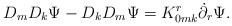
LaTeX: \begin{align*}&{D_m}{D_k}\Psi - {D_k}{D_m}\Psi=K_{0mk}^r{\dot \partial _r}\Psi.\end{align*}